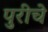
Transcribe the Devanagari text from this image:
पुरीचे